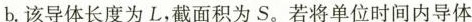
b. 该导体长度为 L，截面积为 S。若将单位时间内导体